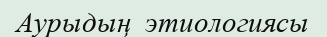
Аурыдың  этиологиясы